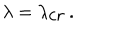
\lambda = \lambda _ { \mathrm { c r } } \, .